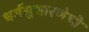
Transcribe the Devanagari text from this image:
धर्मसुधारणेची